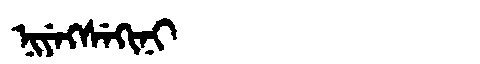
Manchu: ᠨᡳᠶᡝᡴᠰᡝᡴᡳᠨᡳ
Romanization: NIYEKSEKINI